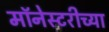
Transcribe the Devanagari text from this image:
मॉनेस्टरीच्या